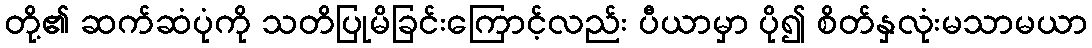
တို့၏ ဆက်ဆံပုံကို သတိပြုမိခြင်းကြောင့်လည်း ပီယာမှာ ပို၍ စိတ်နှလုံးမသာမယာ